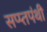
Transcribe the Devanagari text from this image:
सप्प्तपंथी